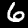
Label: 6